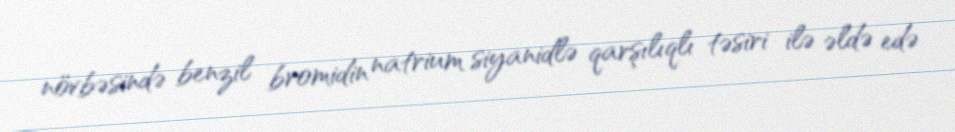
növbəsində benzil bromidin natrium siyanidlə qarşılıqlı təsiri ilə əldə edə